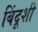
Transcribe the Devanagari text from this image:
बिंदूशी